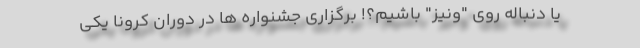
یا دنباله روی "ونیز" باشیم؟! برگزاری جشنواره ها در دوران کرونا یکی